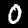
Label: 0